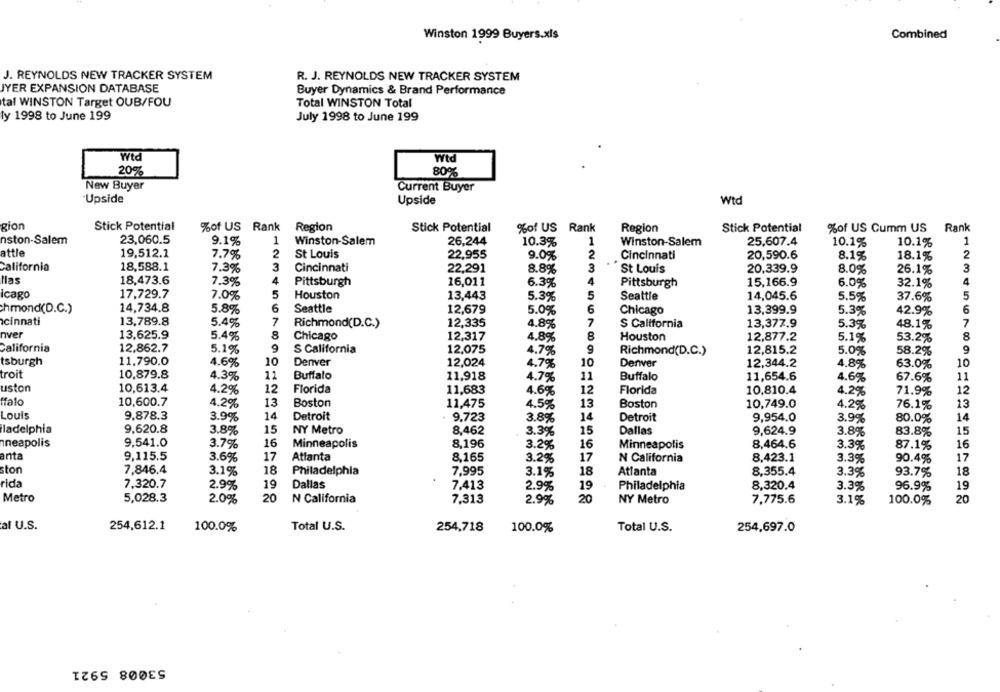
Winston 1999 Buyers.xls
Combined
J. REYNOLDS NEW TRACKER SYSTEM
R. J. REYNOLDS NEW TRACKER SYSTEM
JYER EXPANSION DATABASE
Buyer Dynamics & Brand Performance
tal WINSTON Target OUB/FOU
Total WINSTON Total
ly 1998 to June 199
July 1998 to June 199
PIA
Wtd
20%
80%
New Buyer
Current Buyer
Upside
Upside
Wtd
gion
Stick Potential
%of US Rank
Region
Stick Potential
%of US Rank
Region
Stick Potential
%of US Cumm US
Rank
nston-Salem
23,060.5
9.1%
1
Winston-Salem
26,244
10.3%
1
Winston-Salem
25,607.4
10.1%
1
10.1%
attle
19,512.1
7.7%
2
St Louis
22,955
9.0%
2
Cincinnati
20,590.6
8.1%
18.1%
2
California
18,588.1
7.3%
3
Cincinnati
22,291
8.8%
3
St Louis
20,339.9
8.0%
26.1%
3
llas
18,473.6
7.3%
4
Pittsburgh
16,011
6.3%
4
Pittsburgh
15,166.9
6.0%
32.1%
4
icago
17.729.7
7.0%
5
Houston
13,443
5.3%
5
Seattle
14,045.6
5.5%
37.6%
5
hmond(D.C.)
14,734.8
5.8%
6
Seattle
12,679
5.0%
6
Chicago
13,399.9
5.3%
42.9%
6
cinnati
13,789.8
5.4%
7
Richmond(D.C.)
12,335
4.8%
7
S California
13,377.9
5.3%
48.1%
7
nver
13,625.9
5.4%
8
Chicago
12,317
4.8%
8
Houston
12,877.2
5.1%
53.2%
8
California
12,862.7
5.1%
9
S California
12,075
4.7%
9
Richmond(D.C.)
12,815.2
5.0%
58.2%
9
tsburgh
11.790.0
4.6%
10
Denver
12,024
4.7%
10
Denver
12,344.2
4,8%
63.0%
10
10,879.8
troit
4.3%
11
Buffalo
11,918
4.7%
11
Buffalo
11,654.6
4.6%
67.6%
11
uston
10,613.4
4.2%
12
Florida
11,683
4.6%
12
Florida
10,810.4
4.2%
71.9%
12
ffalo
10,600.7
4.2%
13
Boston
11,475
4.5%
13
Boston
10,749.0
4.2%
76.1%
13
Louis
9.878.3
3.9%
14
Detroit
9.723
3.8%
14
Detroit
9,954.0
3.9%
80.0%
14
iladelphia
9.620.8
15
15
3.8%
NY Metro
8,462
3.3%
15
Dallas
9,624.9
3.8%
83.8%
neapolis
9,541.0
16
Minneapolis
8.196
16
3.7%
3.2%
16
Minneapolis
8,464.6
3.3%
87.1%
anta
9,115.5
17
Atlanta
8,165
17
8,423.1
17
3.6%
3.2%
N California
3.3%
90.4%
ston
7,846.4
18
Philadelphia
7.995
18
8,355.4
18
3.1%
3.1%
Atlanta
3.3%
93.7%
rida
7,320.7
19
Dallas
8,320.4
19
2.9%
7,413
2.9%
19
Philadelphia
3.3%
96.9%
Metro
5,028.3
20
2.0%
N California
7.313
2.9%
20
NY Metro
7,775.6
3.1%
100.0%
20
af U.S.
254,612.1
100.0%
Total U.S.
254,718
100.0%
Total U.S.
254,697.0
53008 5921